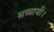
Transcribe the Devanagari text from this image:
सच्चायी।